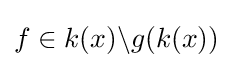
f\in k(x)\backslash g(k(x))